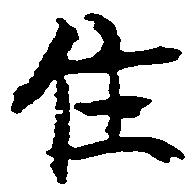
住